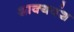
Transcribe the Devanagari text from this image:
शाक्यवंश